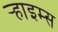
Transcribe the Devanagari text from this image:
र्‍हाइम्स